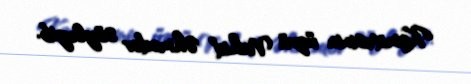
Komitəsinin üzvü Vahid Əhmədov söyləyib.